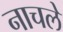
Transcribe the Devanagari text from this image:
नाचले